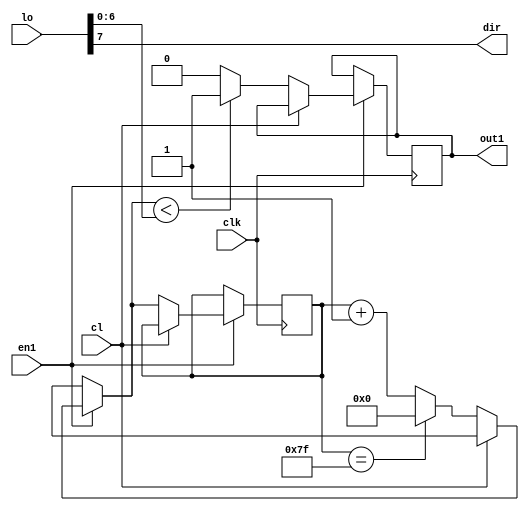
`timescale 1ns / 1ps

module pwm(en1,clk,lo,cl, out1,dir);

    input      en1,clk,cl;
	 input [7:0]lo;
	 output out1;
	 output dir;
	 reg [7:0] tmp=8'b00000000;
	 reg [7:0]tem;
	 reg [6:0]log;
	
	 reg k;	
	 
		  always@(posedge clk )begin
		   log=lo[6:0];
		  if(en1)
		  if(~cl)
		  begin
		  if(tmp==7'b1111111)
          tmp	=7'b0000000;
        else
	       tmp=tmp+1;
			 
			 if(tmp<log)
			  k=1;
			 else k=0;
		end
		end
	assign out1 = k;
   assign dir=lo[7];
 endmodule